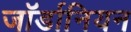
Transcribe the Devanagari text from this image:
जॉर्डानियन